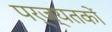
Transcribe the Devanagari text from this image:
पर्ज्यतकों